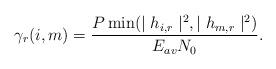
LaTeX: \begin{align*}\gamma_{r}(i,m)=\frac{P\min(\mid {h}_{i,r}\mid^2,\mid{h}_{m,r}\mid^2)}{E_{av}N_0}.\end{align*}